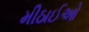
મીઠાઈઓ